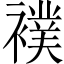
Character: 襆